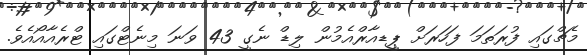
މެޗްގައި ފުރަތަމަ ފަހަރަށް ޕީީޑއާރްއެމުން ލިޑް ނެގީ 43 ވަނަ މިނެޓްގައި ޓްރެއާއޯއެވެ.